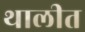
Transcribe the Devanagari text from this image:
थालीत